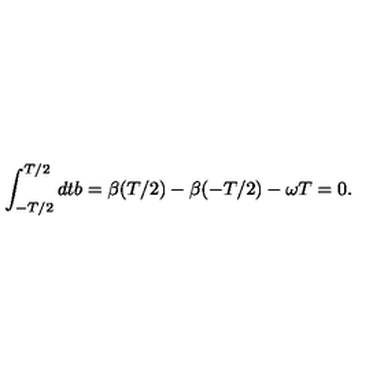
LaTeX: \int _ { - T / 2 } ^ { T / 2 } d t b = \beta ( T / 2 ) - \beta ( - T / 2 ) - \omega T = 0 .